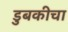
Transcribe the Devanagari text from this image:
डुबकीचा